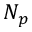
N _ { p }